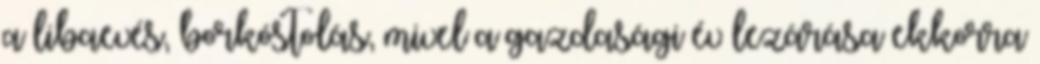
a libaevés, borkóstolás, mivel a gazdasági év lezárása ekkorra